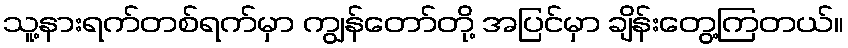
သူ့နားရက်တစ်ရက်မှာ ကျွန်တော်တို့ အပြင်မှာ ချိန်းတွေ့ကြတယ်။